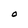
Character: O